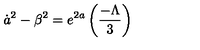
{ \dot { a } } ^ { 2 } - { \beta } ^ { 2 } = e ^ { 2 a } \left( \frac { - \Lambda } { 3 } \right)